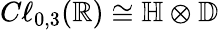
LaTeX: C\ell_{0,3}(\mathbb{R})\cong\mathbb{H}\otimes\mathbb{D}